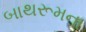
બાથરૂમના